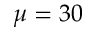
\mu = 3 0